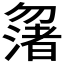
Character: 𠤆